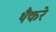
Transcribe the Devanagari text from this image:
थैैकरे